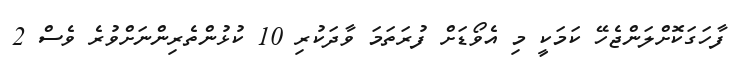
ފާހަގަކޮށްލަންޖެހޭ ކަމަކީ މި އެވޯޑަށް ފުރަތަމަ ވާދަކުރި 10 ކުޅުންތެރިންނަށްވުރެ ވެސް 2